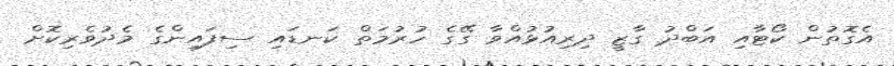
އެގޮތުން ކޯޓާއި އަބްދު ގާޒީ ދިރިއުޅުއްވާ ގޭގެ ހުރުމަތް ކަނޑައި ސިފައިންގެ މެދުވެރިކޮށް